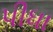
પીધા